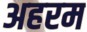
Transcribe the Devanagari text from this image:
अहरम